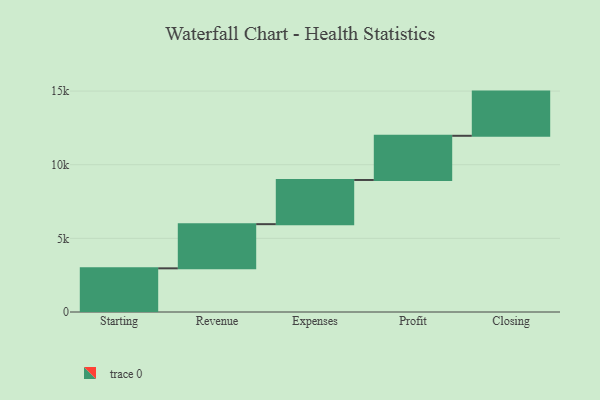
{"axis": {"x": "Step", "y": "Value"}, "legend": [""], "data": [{"x": "Starting", "y": 2964.0, "type": ""}, {"x": "Revenue", "y": 3000, "type": ""}, {"x": "Expenses", "y": 3000, "type": ""}, {"x": "Profit", "y": 3000, "type": ""}, {"x": "Closing", "y": 3000, "type": ""}]}